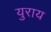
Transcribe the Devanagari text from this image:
युराय